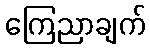
ကြေညာချက်